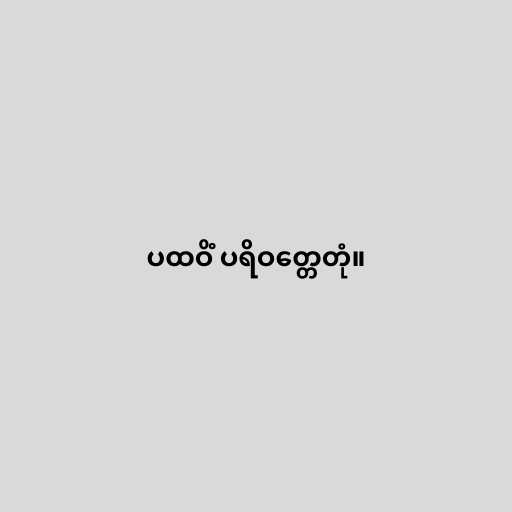
ပထဝိံ ပရိဝတ္တေတုံ။